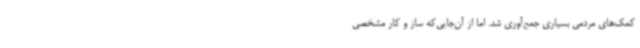
کمک‌های مردمی بسیاری جمع‌آوری شد. اما از آن‌جایی‌که ساز و کار مشخصی